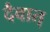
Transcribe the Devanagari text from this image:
दैवात्‌